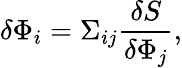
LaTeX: \delta\Phi_{i}=\Sigma_{ij}{\frac{\delta S}{\delta\Phi_{j}}},